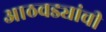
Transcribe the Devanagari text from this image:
आठवड्यांची